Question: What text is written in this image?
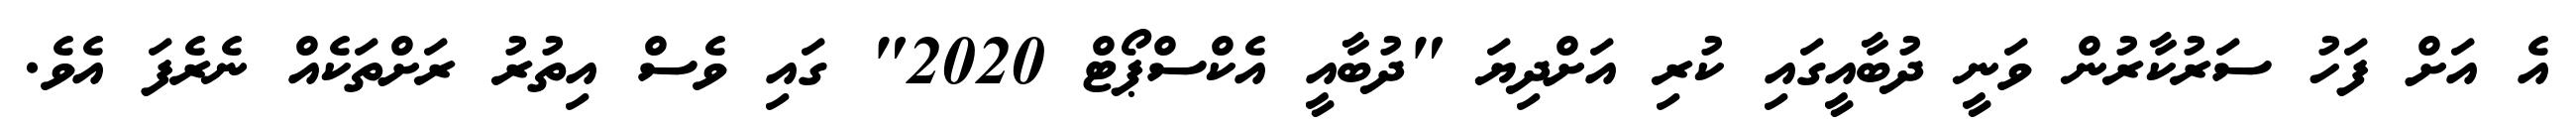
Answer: އެ އަށް ފަހު ސަރުކާރުން ވަނީ ދުބާއީގައި ކުރި އަށްދިޔަ "ދުބާއީ އެކްސްޕޯޓް 2020" ގައި ވެސް އިތުރު ރަށްތަކެއް ނެރެފަ އެވެ.